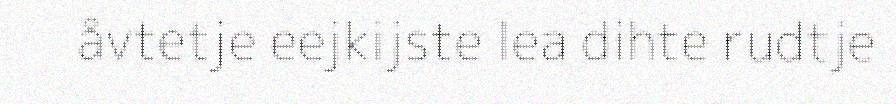
åvtetje eejkijste lea dihte rudtje